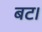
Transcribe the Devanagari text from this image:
बट।